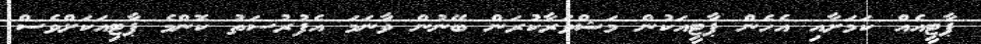
ޕާޓީއެއް ކަމަށާއި އެހެން ޕާޓީއަކުން މަޝްވަރާކުރަން ބޭނުން ވާނަމަ އެފުރުސަތު ކޮންމެ ޕާޓިއަކަށްވެސް